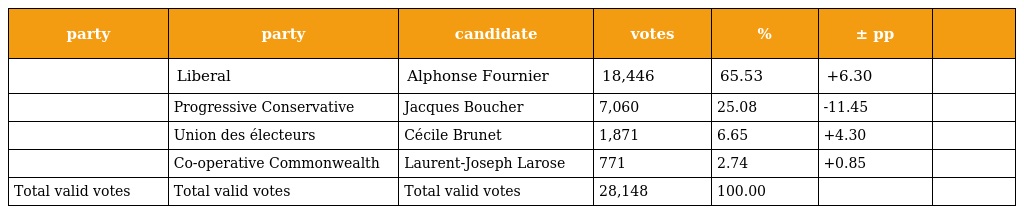
| party | party | candidate | votes | % | ± pp |  |
 | --- | --- | --- | --- | --- | --- | --- |
 |  | Liberal | Alphonse Fournier | 18,446 | 65.53 | +6.30 |  |
 |  | Progressive Conservative | Jacques Boucher | 7,060 | 25.08 | -11.45 |  |
 |  | Union des électeurs | Cécile Brunet | 1,871 | 6.65 | +4.30 |  |
 |  | Co-operative Commonwealth | Laurent-Joseph Larose | 771 | 2.74 | +0.85 |  |
 | Total valid votes | Total valid votes | Total valid votes | 28,148 | 100.00 |  |  |